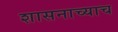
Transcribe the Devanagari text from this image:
शासनाच्याच